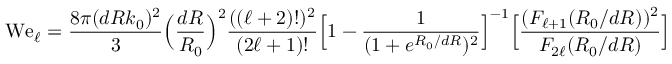
\mathrm { W e } _ { \ell } = \frac { 8 \pi ( d R k _ { 0 } ) ^ { 2 } } { 3 } \Big ( \frac { d R } { R _ { 0 } } \Big ) ^ { 2 } \frac { ( ( \ell + 2 ) ! ) ^ { 2 } } { ( 2 \ell + 1 ) ! } \Big [ 1 - \frac { 1 } { ( 1 + e ^ { R _ { 0 } / d R } ) ^ { 2 } } \Big ] ^ { - 1 } \Big [ \frac { ( F _ { \ell + 1 } ( R _ { 0 } / d R ) ) ^ { 2 } } { F _ { 2 \ell } ( R _ { 0 } / d R ) } \Big ]